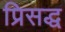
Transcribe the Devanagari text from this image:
प्रिसद्ध